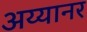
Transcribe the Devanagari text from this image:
अय्यानर